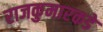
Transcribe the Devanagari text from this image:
राजकुमारकडे